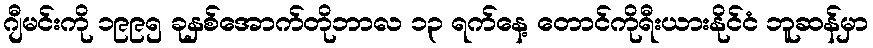
ဂျီမင်းကို ၁၉၉၅ ခုနှစ်အောက်တိုဘာလ ၁၃ ရက်နေ့ တောင်ကိုရီးယားနိုင်ငံ ဘူဆန်မှာ